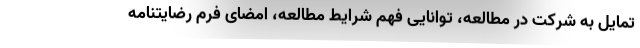
تمایل به شرکت در مطالعه، توانایی فهم شرایط مطالعه، امضای فرم رضایتنامه